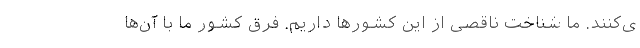
ی‌کنند. ما شناخت ناقصی از این کشور‌ها داریم. فرق کشور ما با آن‌ها